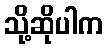
သို့ဆိုပါက